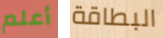
أعلم البطاقة